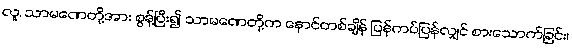
လူ, သာမဏေတို့အား စွန့်ပြီး၍ သာမဏေတို့က နောင်တစ်ချိန် ပြန်ကပ်ပြန်လျှင် စားသောက်ခြင်း၊